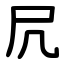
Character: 凥